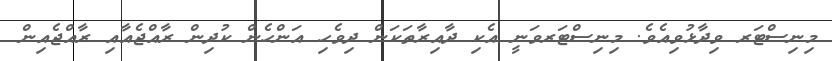
މިނިސްޓަރ ވިދާޅުވިއެވެ. މިނިސްޓަރވަނީ އެކި ދާއިރާތަކަން ދިވެހި އަންހެން ކުދިން ރާއްޖެއާއި ރާއްޖެއިން